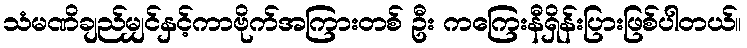
သံမဏိချည်မျှင်နှင့်ကာဗိုက်အကြားတစ် ဦး ကကြေးနီရှိန်းပြားဖြစ်ပါတယ်။